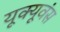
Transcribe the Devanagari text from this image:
यूक्यूवंस